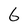
Character: 6